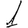
Digit: 1